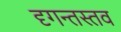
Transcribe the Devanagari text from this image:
दृगन्तस्तव